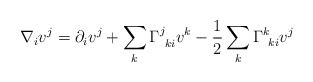
\begin{align*} \nabla_i v^j = \partial_i v^j + \sum_k \Gamma^j_{\: \: ki} v^k - \frac12 \sum_k \Gamma^k_{\: \: ki} v^j\end{align*}